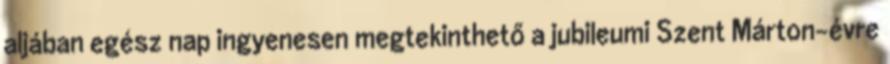
aljában egész nap ingyenesen megtekinthető a jubileumi Szent Márton-évre